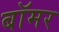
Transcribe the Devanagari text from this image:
बॉमर